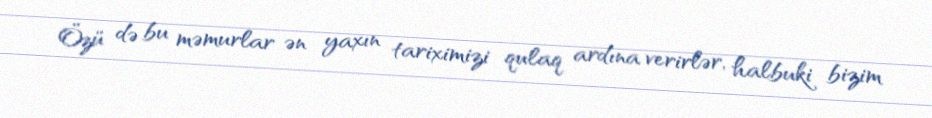
Özü də bu məmurlar ən yaxın tariximizi qulaq ardına verirlər, halbuki bizim